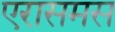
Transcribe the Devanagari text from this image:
एरासमस